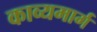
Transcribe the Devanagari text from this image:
काव्यमार्ग